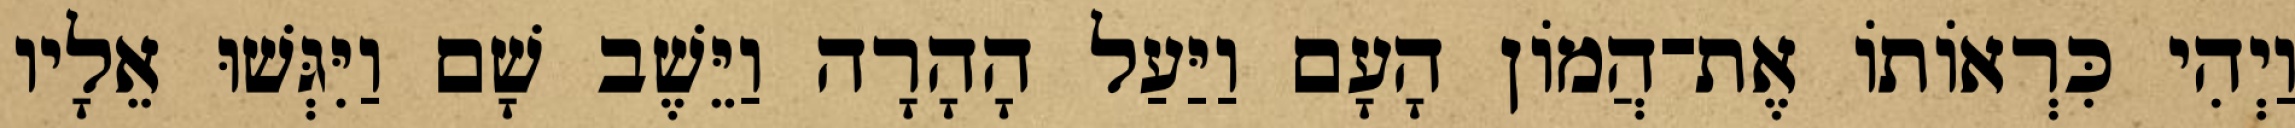
וַיְהִי כִּרְאוֹתוֹ אֶת־הֲמוֹן הָעָם וַיַּעַל הָהָרָה וַיֵּשֶׁב שָׁם וַיִּגְּשׁוּ אֵלָיו